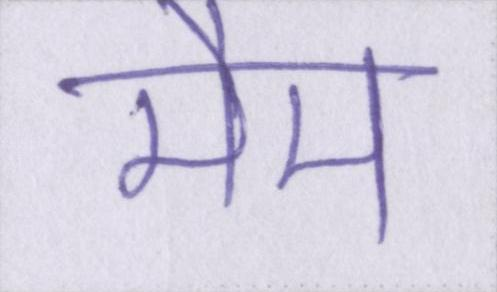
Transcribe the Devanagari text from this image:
मैम